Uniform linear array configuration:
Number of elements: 8
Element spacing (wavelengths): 0.5
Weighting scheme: hamming
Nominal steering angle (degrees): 45
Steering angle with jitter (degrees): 45.629
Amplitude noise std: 0.05
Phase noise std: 0.05

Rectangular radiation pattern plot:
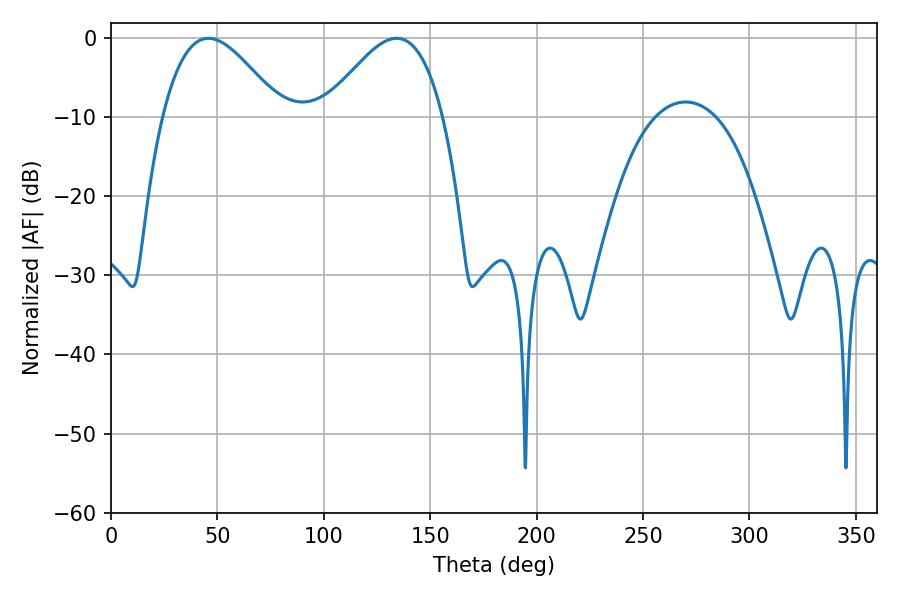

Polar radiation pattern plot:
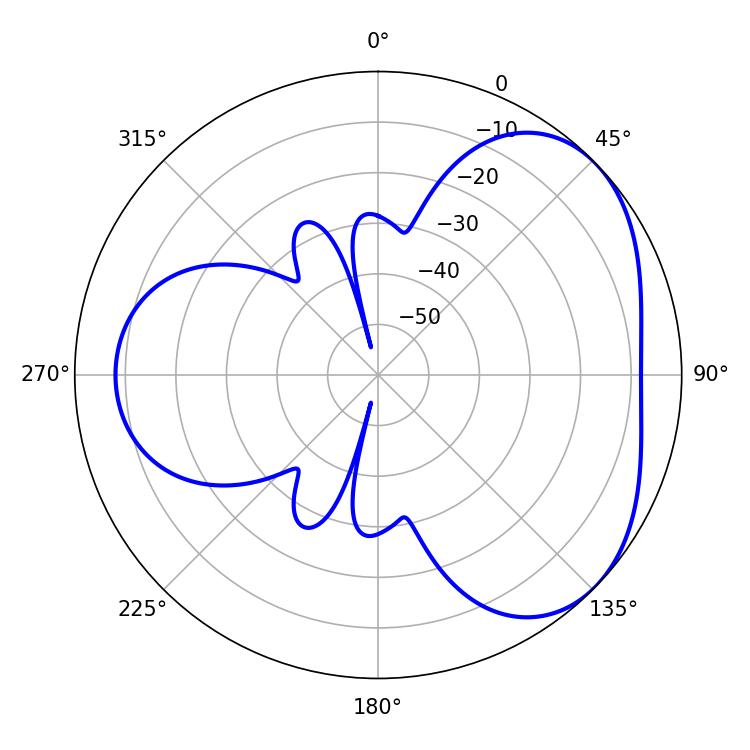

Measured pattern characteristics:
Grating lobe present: FALSE
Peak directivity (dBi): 4.003
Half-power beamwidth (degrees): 30.06
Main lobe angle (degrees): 45.72